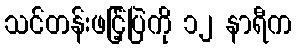
သင်တန်းဖငြ့်ပြဲကို ၁၂ နာရီက